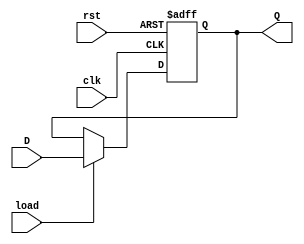
`timescale 1ns / 1ns

module load32(clk, rst, load, D, Q);
input clk, rst, load;
input		[31:0] D;
output	[31:0] Q;
reg		[31:0] Q;

always @ (posedge clk, posedge rst)
	if (rst) Q <= 31'b0; else
	if (load) Q <= D;

endmodule